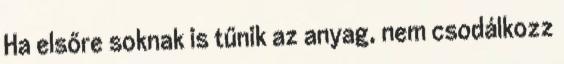
Ha elsőre soknak is tűnik az anyag, nem csodálkozz